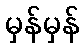
မှန်မှန်